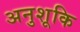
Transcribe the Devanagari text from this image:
अनुशूकि